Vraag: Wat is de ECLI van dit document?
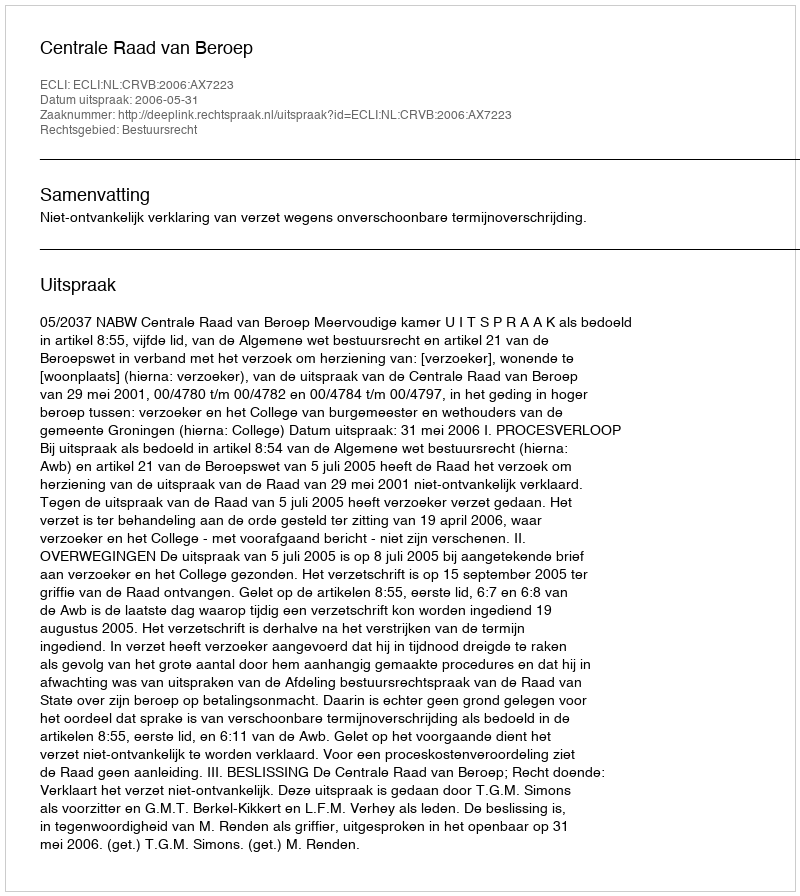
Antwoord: ECLI:NL:CRVB:2006:AX7223